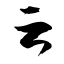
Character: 云